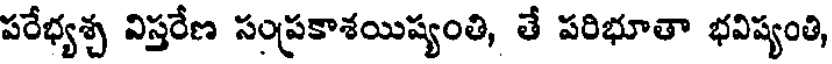
పరేభ్యశ్చ విస్తరేణ సంప్రకాశయిష్యంతి, తే పరిభూతా భవిష్యంతి,